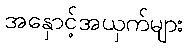
အနှောင့်အယှက်များ